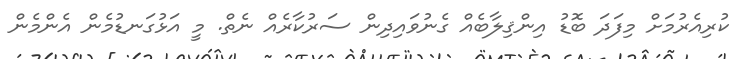
ކުރިއެރުމަށް މިފަދަ ބޮޑު އިންޤިލާބެއް ގެނުވައިދިން ސަރުކާރެއް ނެތް. މީ އަޅުގަނޑުމެން އެންމެން